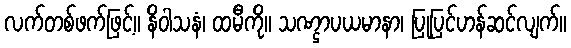
လက်တစ်ဖက်ဖြင့်။ နိဝါသနံ၊ ထမီကို။ သဏ္ဌာပယမာနာ၊ ပြုပြင်ဟန်ဆင်လျက်။